Scottish Leaving Certificate Examination, 1961
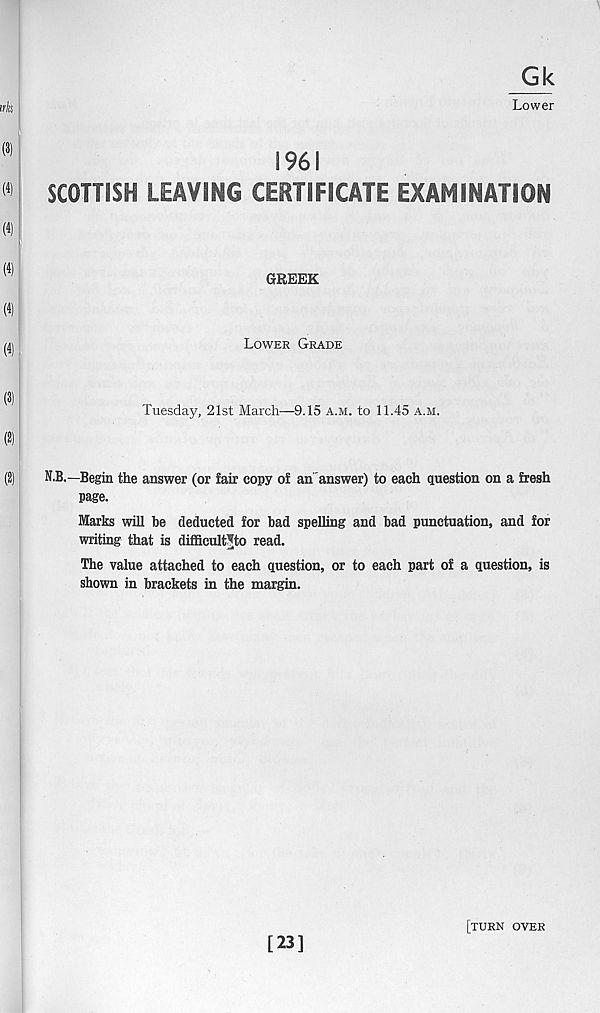
Gk
irks
Lower
1961
SCOTTISH LEAVING CERTIFICATE EXAMINATION
GREEK
Lower Grade
Tuesday, 21st March—9.15 a.m. to 11.45 a.m.
(2)
N.B.—Begin the answer (or fair copy of an answer) to each question on a fresh
page.
Marks will be deducted for had spelling and bad punctuation, and for
writing that is difficult^to read.
The value attached to each question, or to each part of a question, is
shown in brackets in the margin.
[23]
[turn over